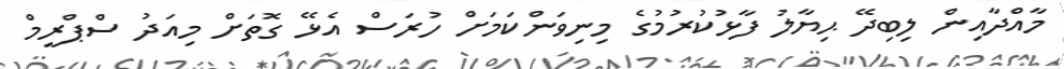
މާއްދާއިން ލިބިދޭ ޙިޔާލު ފާޅުކުރުމުގެ މިނިވަންކަމަށް ހުރަސް އެޅޭ ގޮތަށް މިއަދު ސްޕްރީމް